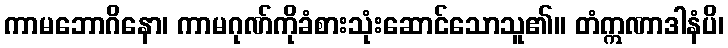
ကာမဘောဂိနော၊ ကာမဂုဏ်ကိုခံစားသုံးဆောင်သောသူ၏။ တံဣဏာဒါနံပိ၊